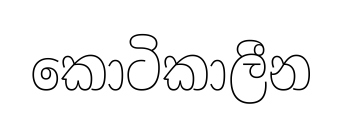
කොටිකාලීන